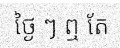
ថ្ងៃ ៗ ឮ តែ